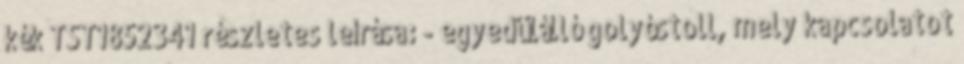
kék TST1852341 részletes leírása: - egyedülálló golyóstoll, mely kapcsolatot